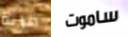
قرائة ساموت